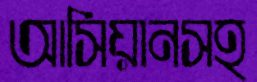
আসিয়ানসহ